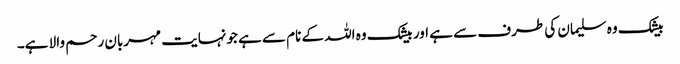
بیشک وہ سلیمان کی طرف سے ہے اور بیشک وہ اللہ کے نام سے ہے جونہایت مہربان رحم والا ہے۔